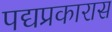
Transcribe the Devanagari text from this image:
पद्यप्रकारास